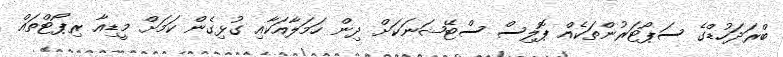
ބްރަދަހުޑްގެ ސަޕޯޓަރުންތަކެއް ޕޮލިސް ސްޓޭޝަނަކަށް ދިން ހަމަލާއަކާއި ގުޅިގެން ކަމަށް މީޑިއާ ރިޕޯޓްތައް